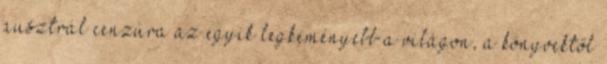
ausztrál cenzúra az egyik legkeményebb a világon, a könyvektől